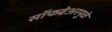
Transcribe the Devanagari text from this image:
सॉफवेअरमुळे